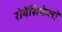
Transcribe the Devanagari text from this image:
रोबेंसिफेलों